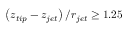
\left( z _ { t i p } - z _ { j e t } \right) / r _ { j e t } \geq 1 . 2 5